Calcutta medical institutions reports 1871-78
Year: 1871
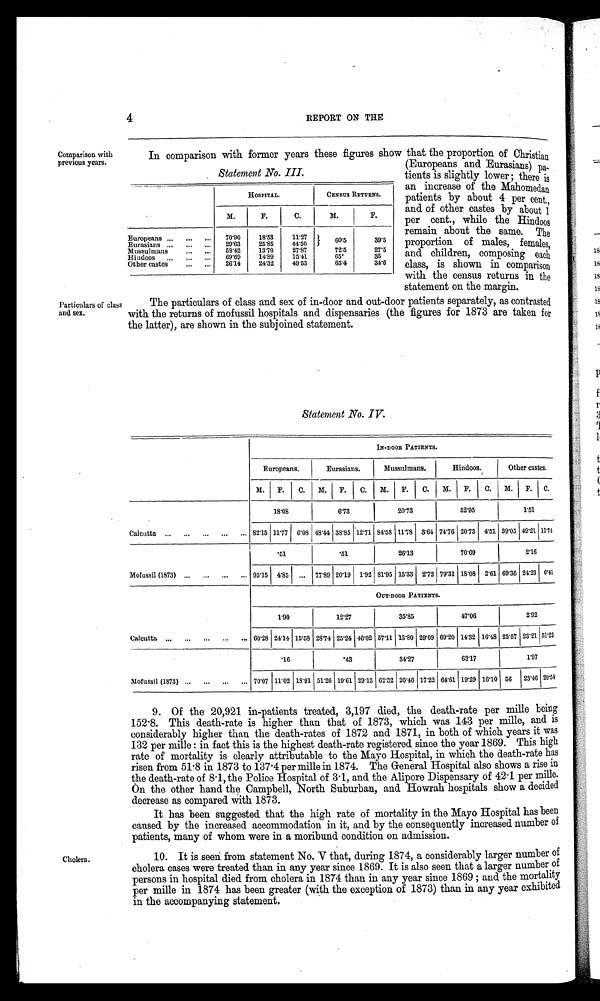
4
REPORT ON THE
In comparison with former years these figures show that the proportion of Christ;,,,
Comparison with
previous years.
Particulars of class
and sex.
Statement No. III.
- --7--
HOSPITAL.
CENSUS RETURNS.
M.
F.
C.
M.
F.
Europeans ...
...
...
70'90
18'53
11'27 1
60'5
39'5
Eurasians ...
...
...
29'63
25'85
44'50
Mussulmans
...
58'42
13'70
27'87
72'5
27'5
Hindoos
...
...
69'69
14'89
15'41
65'
35
Other castes
•-••
26.14
24'32
49'53
65'4
34'6
(Europeans and Eurasians) pa-
_ tients is slightly lower ; there is
an increase of the Mahomedan
patients by about 4 per cent.,
and of other castes by about 1
per cent., while the Hindoos
remain about the same. The
proportion of males, females,
and children, composing each
class, is shown in comparison
with the census returns in the
statement on the margin.
The particulars of class and sex of in-door and out-door patients separately, as contrasted
with the returns of mofussil hospitals and dispensaries (the figures for 1873 are taken for
the latter), are shown in the subjoined statement.
Statement No. IV.
IN-DOOR PATIENTS.
Europeans.
Eurasians.
Mussulmans. 1
Hindoos.
Other castes.
M.
F.
C.
M. i F.
C.
M.
F.
C. I M.
F. 1 C.
M. 1 F.
C.
18'08
613
20'73
52'95
1'51
Calcutta ...
...
...
...
... 82'15 11/7 6'08 48'44 38'85 12'71 84'58111'78 3'64 74'76 1 20'73 4'51 39'05 49'21 Mt
*51
'51
26'13
70'69
2'16
Mofussil (1873) ...
...
...
... 9515 I 4'85 I ... 1 77'89 20'19 1'92 81'95 15'33 I 2/2 79'31 1 18'08 2'61 69'36 24'23 6'41
OUT-DOOR PATIENTS.
1-90
12'27
35'85
47116
2'92
Calcutta ,..
...
...
...
... 60'28 24'14 15'58 28'74 25'24 I 46'02 1 57'11 13'80 29'09 69'2 I 14'32 1 16'48 1 25'57 23'21 51:21
16
'43
I
34'27
I63'17
1'97
Alofussil (1873) ...
...
...
... 70'07 11'02 18'91 51'26 19'61 1 29'13 I 62'32 20'46 17'22 64'61 19'29 I 16'10 56
23'46 20'51
Cholera.
9. Of the 20,921 in-patients treated, 3,197 died, the death-rate per mille being
152 .8. This death-rate is higher than that of 1873, which was 143 per mille, and is
considerably higher than the death-rates of 1872 and 1871, in both of which years it was
132 per mille : in fact this is the highest death-rate registered since the year 1869. This high
rate of mortality is clearly attributable to the Mayo Hospital, in which the death-rate has
risen from 51 .8 in 1873 to 137.4 per mille in 1874. The General Hospital also shows a rise in
the death-rate of 8 . 1, the Police Hospital of 3 . 1, and the Alipore Dispensary of 42 . 1 per mine.
On the other hand the Campbell, North Suburban, and Howrah hospitals show a decided
decrease as compared with 1873.
It has been suggested that the high rate of mortality in the Mayo Hospital has been
caused by the increased accommodation in it, and by the consequently increased number of
patients, many of whom were in a moribund condition on admission.
10. It is seen from statement No. V that, during 1874, a considerably larger number of
cholera cases were treated than in any year since 1869. It is also seen that a larger number of
persons in hospital died from cholera in 1874 than in any year since 1869 ; and the mortality
per mille in 1874 has been greater (with the exception of 1873) than in any year exhibited
in the accompanying statement.